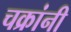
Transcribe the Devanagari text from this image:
चक्रांनी